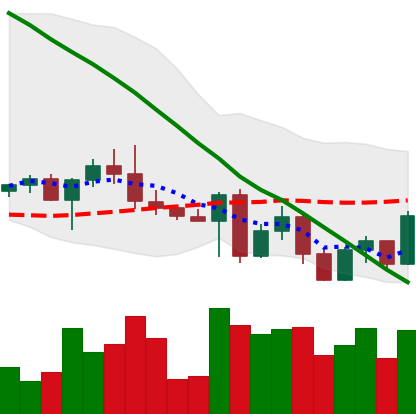
Ticker: ETH-USD
Chart end date: 2022-05-04
Forward return: -23.642%
Label: down_7plus